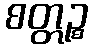
စတ္တဉ္စ